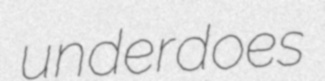
underdoes